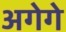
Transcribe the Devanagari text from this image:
अगेगे